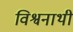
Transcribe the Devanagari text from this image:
विश्वनाथी